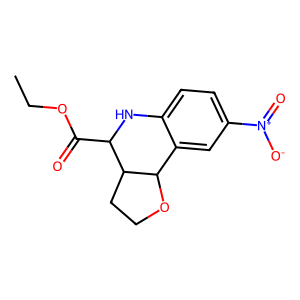
SMILES: CCOC(=O)C1Nc2ccc([N+](=O)[O-])cc2C2OCCC12
Inhibits HIV replication: No